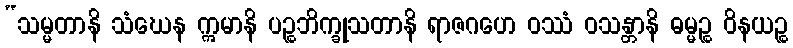
“သမ္မတာနိ သံဃေန ဣမာနိ ပဉ္စဘိက္ခုသတာနိ ရာဇဂဟေ ဝဿံ ဝသန္တာနိ ဓမ္မဉ္စ ဝိနယဉ္စ